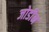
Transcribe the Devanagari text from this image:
जोडीन